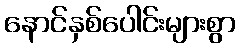
နောင်နှစ်ပေါင်းများစွာ